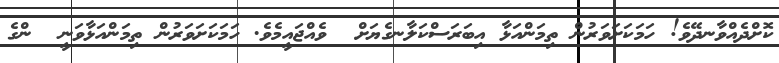
ކޮށްދެއްވާނދޭވެ! ހަމަކަށަވަރުން ތިމަންއަޅާ އިބަރަސްކަލާނގެޔަށް  ވެއްޖައީމެވެ. ހަމަކަށަވަރުން ތިމަންއަޅާވަނީ  ންގެ